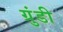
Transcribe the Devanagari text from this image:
ग्रुंडी